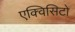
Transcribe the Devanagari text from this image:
एक्विसिटो